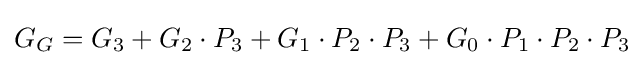
G_{G}=G_{3}+G_{2}\cdot P_{3}+G_{1}\cdot P_{2}\cdot P_{3}+G_{0}\cdot P_{1}\cdot P_{2}\cdot P_{3}